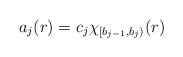
LaTeX: \begin{align*}a_j(r) = c_j \chi_{[b_{j-1}, b_j)}(r) \end{align*}